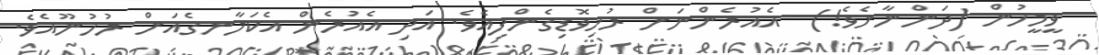
ވީމީހުން (ދަންނާށެވެ!)  އެއުރެންނަށް ރުހިވޮޑިގެންފިއެވެ. އަދި އެއުރެން އެކަލާނގެއަށް ރުހުނޫއެވެ.